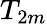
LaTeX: T_{2m}